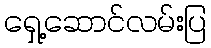
ရှေ့ဆောင်လမ်းပြ